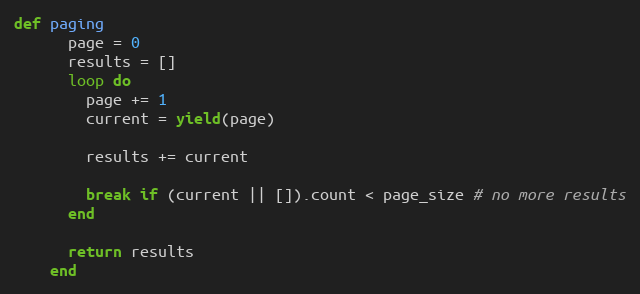
Language: Ruby
def paging
      page = 0
      results = []
      loop do
        page += 1
        current = yield(page)

        results += current

        break if (current || []).count < page_size # no more results
      end

      return results
    end